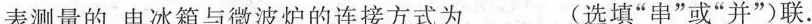
表测量的。电冰箱与微波炉的连接方式为____(选填”串”或”并”)联。